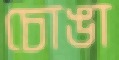
চোঙা